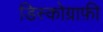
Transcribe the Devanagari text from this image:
डिस्कोग्राफ़ी